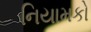
નિયામકો